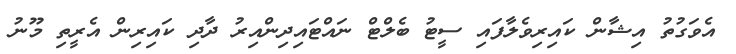
އެވަގުތު އިޝާން ކައިރިވެލާފައި ސީޓު ބެލްޓް ނައްޓައިދިންއިރު ދާދި ކައިރިން އެރީތި މޫނު